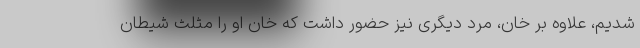
شدیم، علاوه بر خان، مرد دیگری نیز حضور داشت که خان او را مثلث شیطان